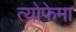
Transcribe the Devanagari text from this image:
त्योफेमा